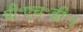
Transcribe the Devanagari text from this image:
पी॰एच॰डी॰।